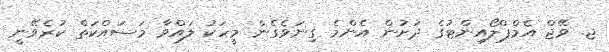
ޖ. ވޭޖް އެމްޕްލޯއިންޓުގެ ދަށުން އެންމެ ގިނަވެގެން މީހަކު ލައްވާ މަސައްކަތް ކުރެވޭނީ